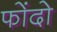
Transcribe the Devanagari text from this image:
फोंदो